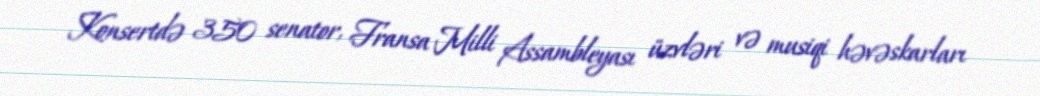
Konsertdə 350 senator, Fransa Milli Assambleyası üzvləri və musiqi həvəskarları